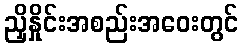
ညှိနှိုင်းအစည်းအဝေးတွင်